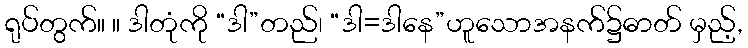
ရုပ်တွက်။ ။ ဒါတုံကို “ဒါ”တည်၊ “ဒါ=ဒါနေ”ဟူသောအနက်၌ဓာတ် မှည့်,